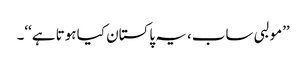
’’مولبی ساب، یہ پاکستان کیا ہوتا ہے‘‘۔